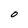
Character: O